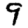
Digit: 9